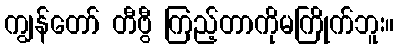
ကျွန်တော် တီဗွီ ကြည့်တာကိုမကြိုက်ဘူး။